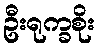
ဦးရုက္ခစိုး